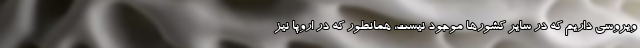
ویروسی داریم که در سایر کشورها موجود نیست، همانطور که در اروپا نیز